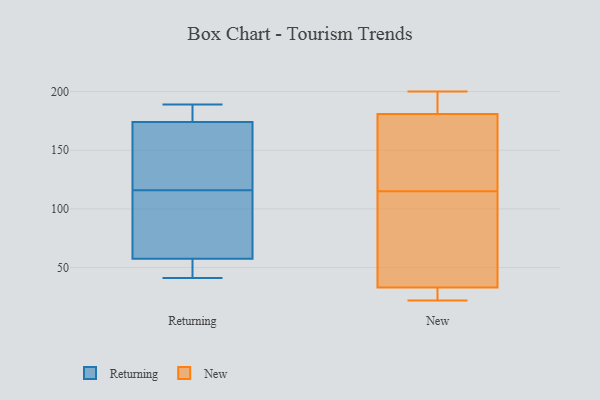
{"axis": {"x": "Customer Acquisition Cost (USD)", "y": "Value"}, "legend": ["New", "Returning"], "data": [{"x": "", "y": 82, "type": "Returning"}, {"x": "", "y": 189, "type": "Returning"}, {"x": "", "y": 46, "type": "Returning"}, {"x": "", "y": 177, "type": "Returning"}, {"x": "", "y": 129, "type": "Returning"}, {"x": "", "y": 41, "type": "Returning"}, {"x": "", "y": 189, "type": "Returning"}, {"x": "", "y": 53, "type": "Returning"}, {"x": "", "y": 62, "type": "Returning"}, {"x": "", "y": 163, "type": "Returning"}, {"x": "", "y": 103, "type": "Returning"}, {"x": "", "y": 171, "type": "Returning"}, {"x": "", "y": 191, "type": "New"}, {"x": "", "y": 45, "type": "New"}, {"x": "", "y": 22, "type": "New"}, {"x": "", "y": 108, "type": "New"}, {"x": "", "y": 141, "type": "New"}, {"x": "", "y": 110, "type": "New"}, {"x": "", "y": 26, "type": "New"}, {"x": "", "y": 200, "type": "New"}, {"x": "", "y": 28, "type": "New"}, {"x": "", "y": 170, "type": "New"}, {"x": "", "y": 33, "type": "New"}, {"x": "", "y": 197, "type": "New"}, {"x": "", "y": 120, "type": "New"}, {"x": "", "y": 181, "type": "New"}]}